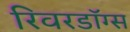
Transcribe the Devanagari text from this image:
रिवरडॉग्स